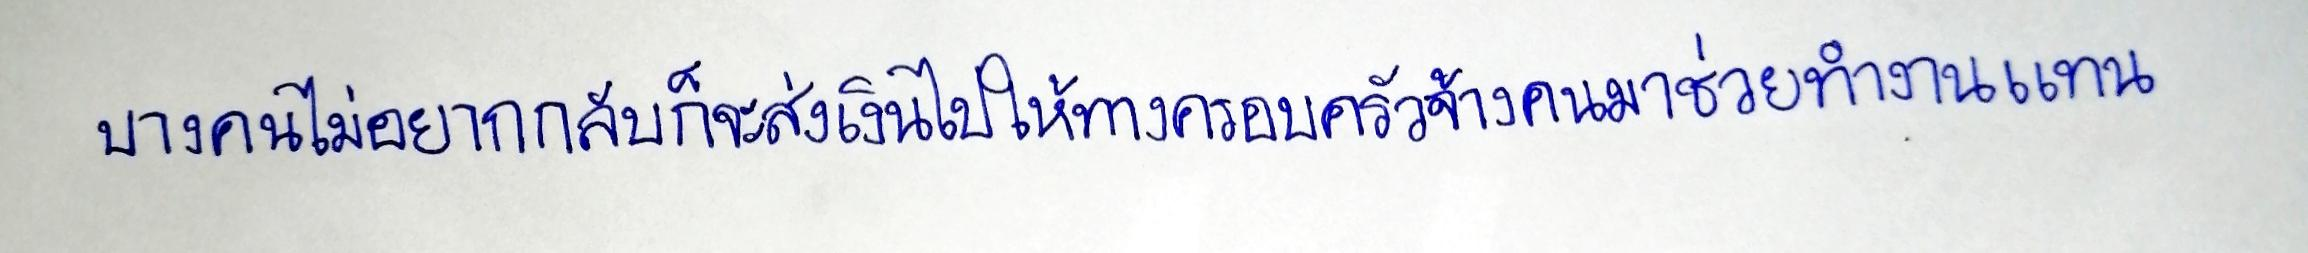
บางคนไม่อยากกลับก็จะส่งเงินไปให้ทางครอบครัวจ้างคนมาช่วยทำงานแทน